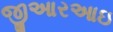
જીઆરઆઇ